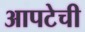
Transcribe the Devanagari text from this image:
आपटेची